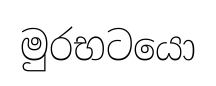
මුරභටයො